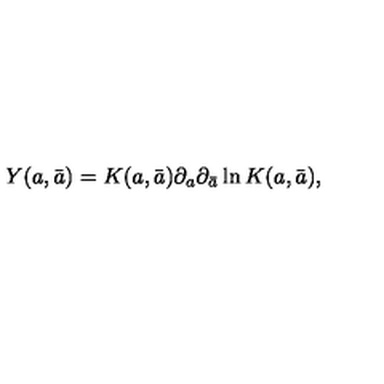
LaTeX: Y ( a , \bar { a } ) = K ( a , \bar { a } ) \partial _ { a } \partial _ { \bar { a } } \ln K ( a , \bar { a } ) ,